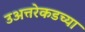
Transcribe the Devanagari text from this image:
उअत्तरेकडच्या